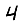
Digit: 4